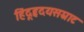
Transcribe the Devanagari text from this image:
हिंदूहृदयसम्राट